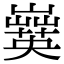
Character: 𡾗